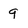
Character: 9